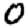
Digit: 0